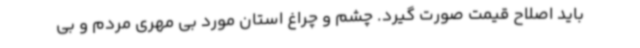
باید اصلاح قیمت صورت گیرد. چشم و چراغ استان مورد بی مهری مردم و بی